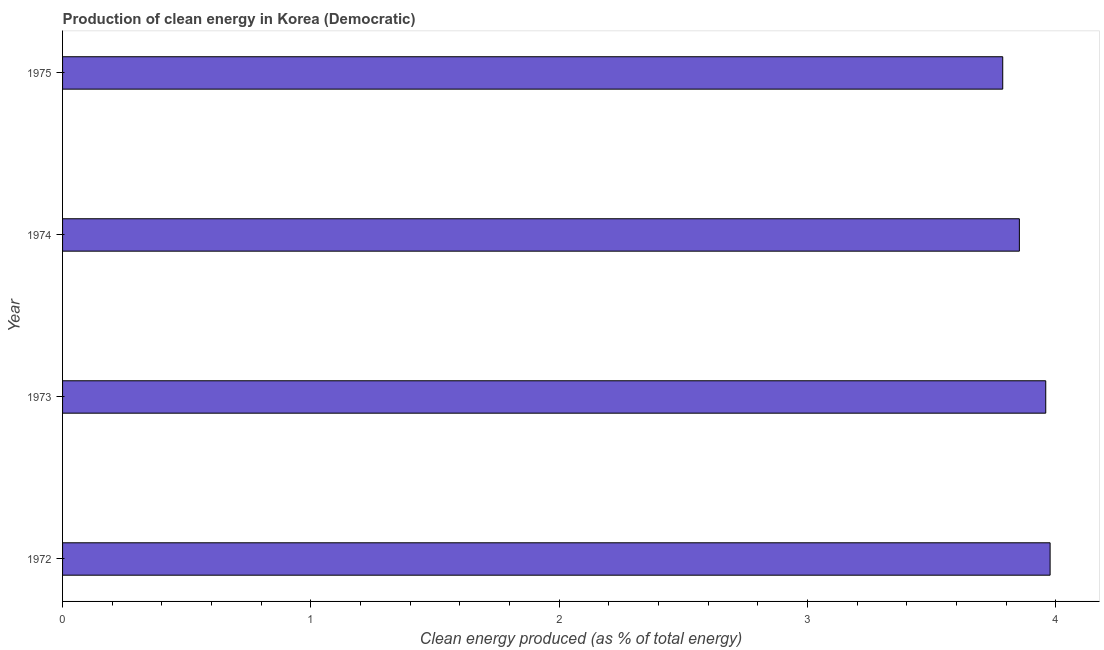
| Year | Alternative and nuclear energy |
 | --- | --- |
 | 1972 | 3.98 |
 | 1973 | 3.96 |
 | 1974 | 3.85 |
 | 1975 | 3.79 |